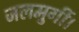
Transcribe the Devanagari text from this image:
जलमुर्गी।